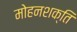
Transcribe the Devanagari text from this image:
मोहनशक्ति